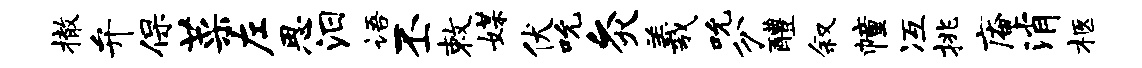
撤弁保菜左思汨语丕敕媒伏吮灸羲吮分醴叙幢冱挑庵消柩